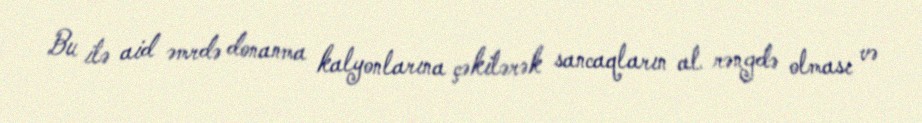
Bu ilə aid əmrdə donanma kalyonlarına çəkilərək sancaqların al rəngdə olması və